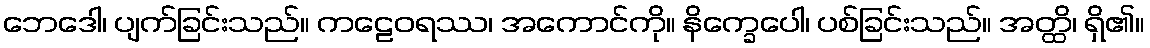
ဘေဒေါ၊ ပျက်ခြင်းသည်။ ကဠေဝရဿ၊ အကောင်ကို။ နိက္ခေပေါ၊ ပစ်ခြင်းသည်။ အတ္ထိ၊ ရှိ၏။